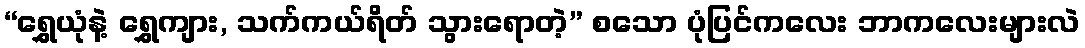
“ရွှေယုံနဲ့ ရွှေကျား, သက်ကယ်ရိတ် သွားရောတဲ့” စသော ပုံပြင်ကလေး ဘာကလေးများလဲ